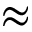
\approx